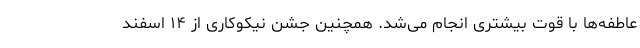
عاطفه‌ها با قوت بیشتری انجام می‌شد. همچنین جشن نیکوکاری از ۱۴ اسفند